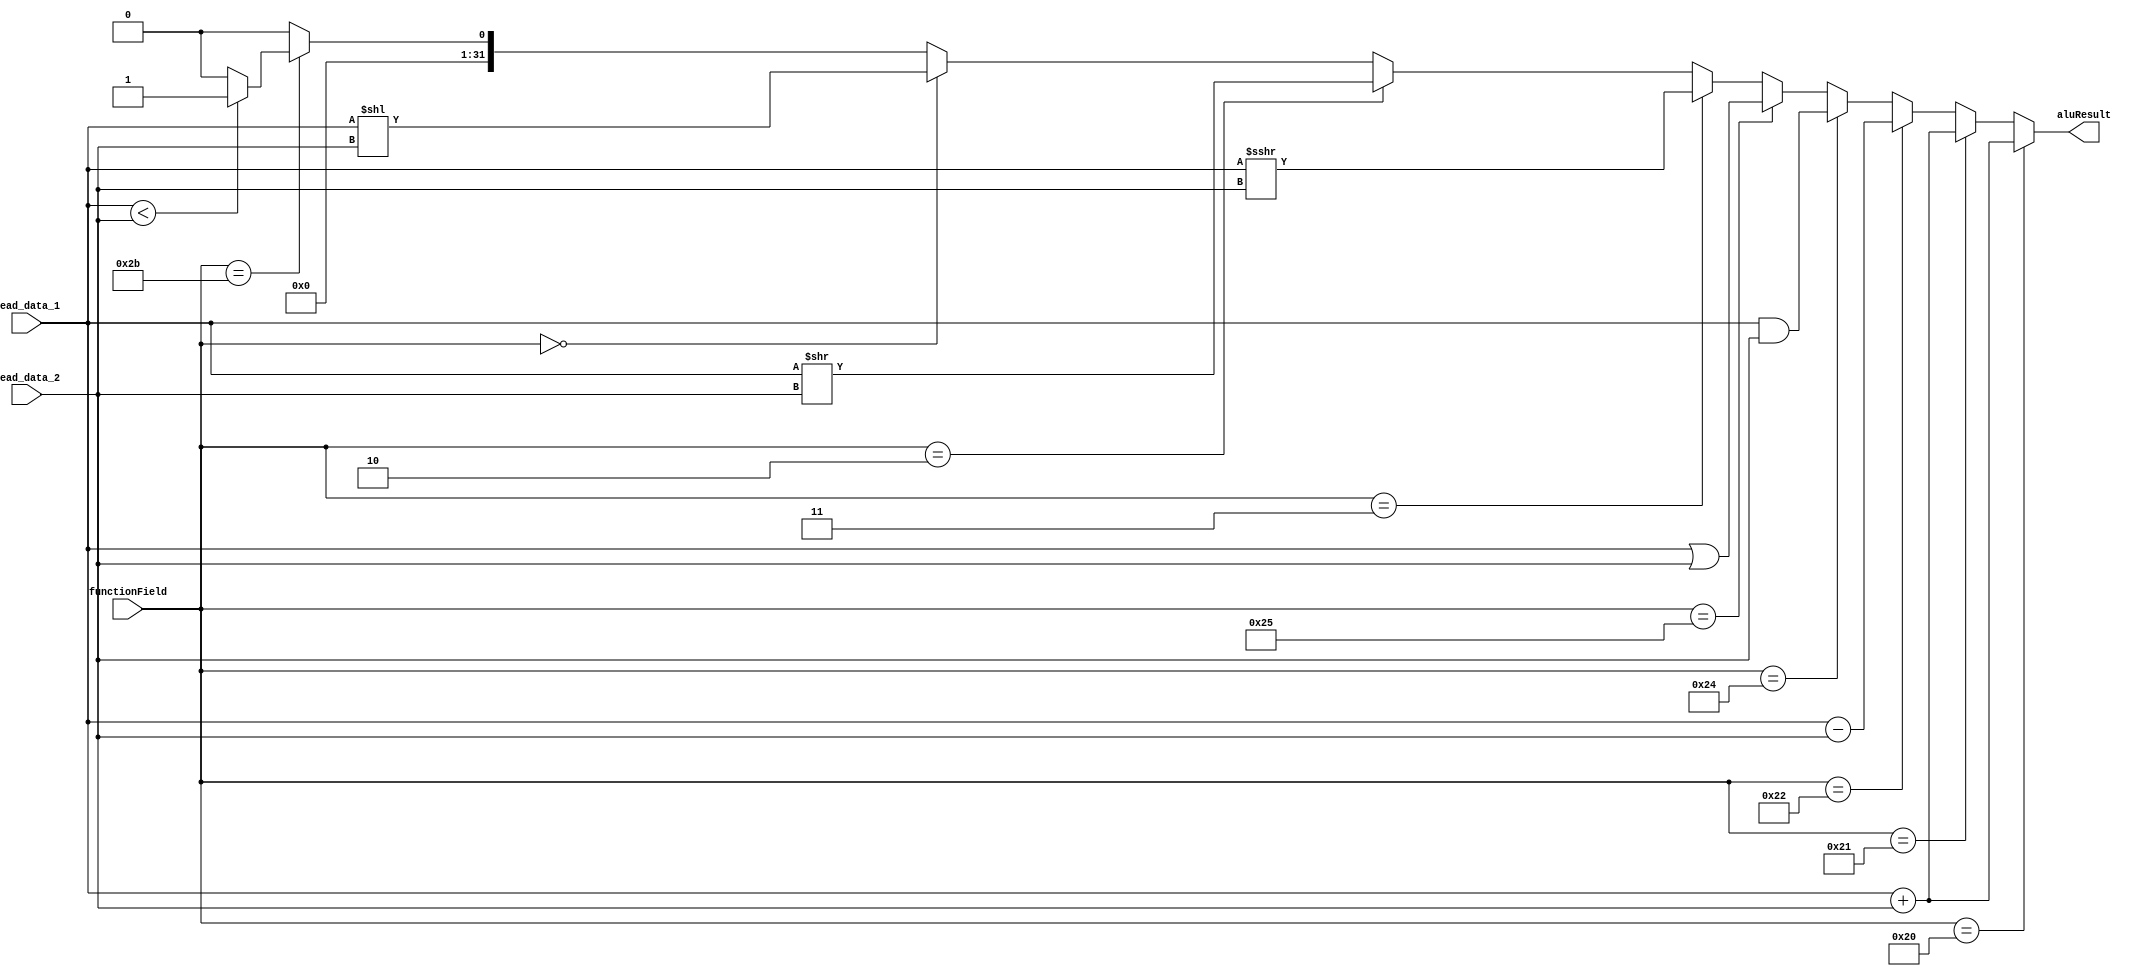
module ALU(read_data_1, read_data_2, functionField, aluResult);

input [5:0] functionField;
input [31:0] read_data_1;
input [31:0] read_data_2;

output [31:0] aluResult;

assign aluResult = (functionField ==6'b100000)? read_data_1 + read_data_2://functionField add oldugunda rs+rt yi output a atar.
						 (functionField ==6'b100001)? read_data_1 + read_data_2://functionField addu oldugunda rs+rt yi output a atar.
						 (functionField ==6'b100010)? read_data_1 - read_data_2://functionField sub oldugunda rs-rt yi output a atar.
						 (functionField ==6'b100100)? read_data_1 & read_data_2://functionField and oldugunda rs&rt yi output a atar.
						 (functionField ==6'b100101)? read_data_1 | read_data_2://functionField or oldugunda rs|rt yi output a atar.
						 (functionField ==6'b000011)? read_data_1 >>> read_data_2://functionField sra oldugunda rs shift eder, output a atar.
						 (functionField ==6'b000010)? read_data_1 >> read_data_2://functionField srl oldugunda rs shift eder, output a atar.
						 (functionField ==6'b000000)? read_data_1 << read_data_2://functionField sll oldugunda rs shift eder, output a atar.
						 (functionField ==6'b101011)? (read_data_1 < read_data_2 ?
						 32'b0000000000000000000000000000001:
						 32'b0000000000000000000000000000000):0;//set on less than

				
endmodule